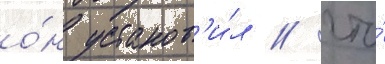
о́н установ'и́л / что́